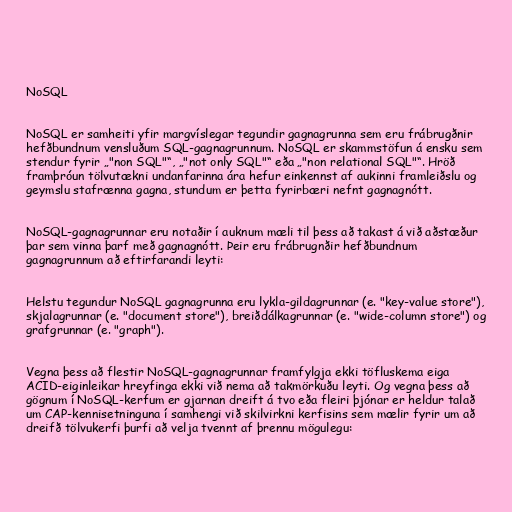
NoSQL

NoSQL er samheiti yfir margvíslegar tegundir gagnagrunna sem eru frábrugðnir
hefðbundnum vensluðum SQL-gagnagrunnum. NoSQL er skammstöfun á ensku sem
stendur fyrir „"non SQL"“, „"not only SQL"“ eða „"non relational SQL"“. Hröð
framþróun tölvutækni undanfarinna ára hefur einkennst af aukinni framleiðslu og
geymslu stafrænna gagna, stundum er þetta fyrirbæri nefnt gagnagnótt.

NoSQL-gagnagrunnar eru notaðir í auknum mæli til þess að takast á við aðstæður
þar sem vinna þarf með gagnagnótt. Þeir eru frábrugnðir hefðbundnum
gagnagrunnum að eftirfarandi leyti:

Helstu tegundur NoSQL gagnagrunna eru lykla-gildagrunnar (e. "key-value store"),
skjalagrunnar (e. "document store"), breiðdálkagrunnar (e. "wide-column store") og
grafgrunnar (e. "graph").

Vegna þess að flestir NoSQL-gagnagrunnar framfylgja ekki töfluskema eiga
ACID-eiginleikar hreyfinga ekki við nema að takmörkuðu leyti. Og vegna þess að
gögnum í NoSQL-kerfum er gjarnan dreift á tvo eða fleiri þjónar er heldur talað
um CAP-kennisetninguna í samhengi við skilvirkni kerfisins sem mælir fyrir um að
dreifð tölvukerfi þurfi að velja tvennt af þrennu mögulegu: